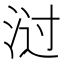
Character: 㳡